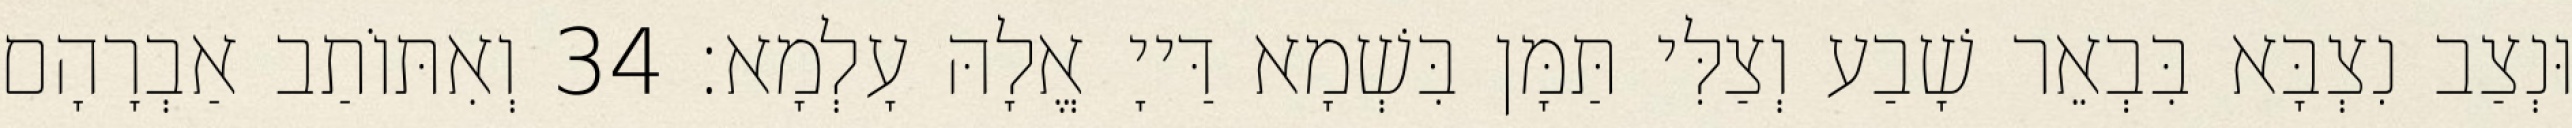
וּנְצַב נִצְבָּא בִּבְאֵר שָׁבַע וְצַלִּי תַּמָּן בִּשְׁמָא דַּייָ אֱלָהּ עָלְמָא׃ 34 וְאִתּוֹתַב אַבְרָהָם